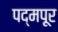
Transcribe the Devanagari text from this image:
पद्मपूर